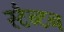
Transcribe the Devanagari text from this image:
स्टैन्टन